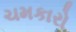
ચમકારો